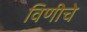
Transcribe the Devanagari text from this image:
विणीचे